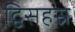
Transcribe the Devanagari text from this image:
द्विसहस्र